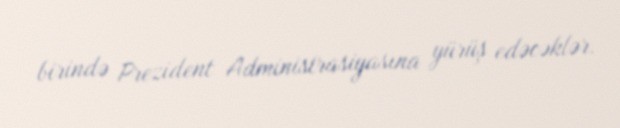
birində Prezident Administrasiyasına yürüş edəcəklər.